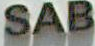
SAB